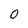
Character: 0